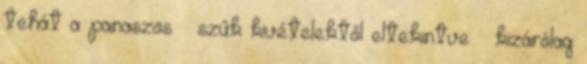
tehát a panaszos – szűk kivételektől eltekintve – kizárólag